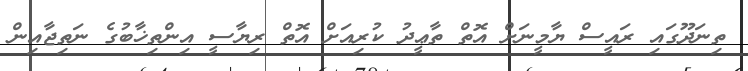
ތިނަދޫގައި ރައީސް ޔާމީނަށް އޮތް ތާޢީދު ކުރިއަށް އޮތް ރިޔާސީ އިންތިޚާބުގެ ނަތިޖާއިން